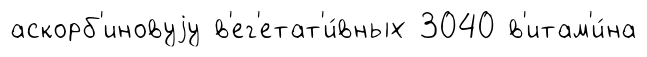
аскорб'иновуjу в'ег'етат'и́вных 3040 в'итам'и́на